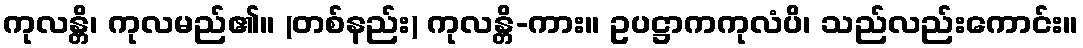
ကုလန္တိ၊ ကုလမည်၏။ (တစ်နည်း) ကုလန္တိ-ကား။ ဥပဋ္ဌာကကုလံပိ၊ သည်လည်းကောင်း။